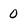
Character: 0